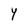
Character: Y